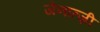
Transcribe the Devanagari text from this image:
जेनात्ज़ी